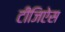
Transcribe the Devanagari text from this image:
टीजिऐस